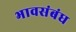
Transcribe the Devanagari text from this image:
भावसंबंध